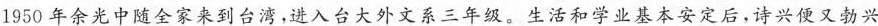
1950年余光中随全家来到台湾，进入台大外文系三年级。生活和学业基本安定后，诗兴便又勃兴